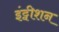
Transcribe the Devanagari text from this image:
इंट्वीशन